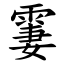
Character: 霋